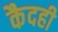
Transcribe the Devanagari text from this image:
कैदही